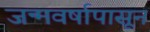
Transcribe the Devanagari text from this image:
जन्मवर्षापासून